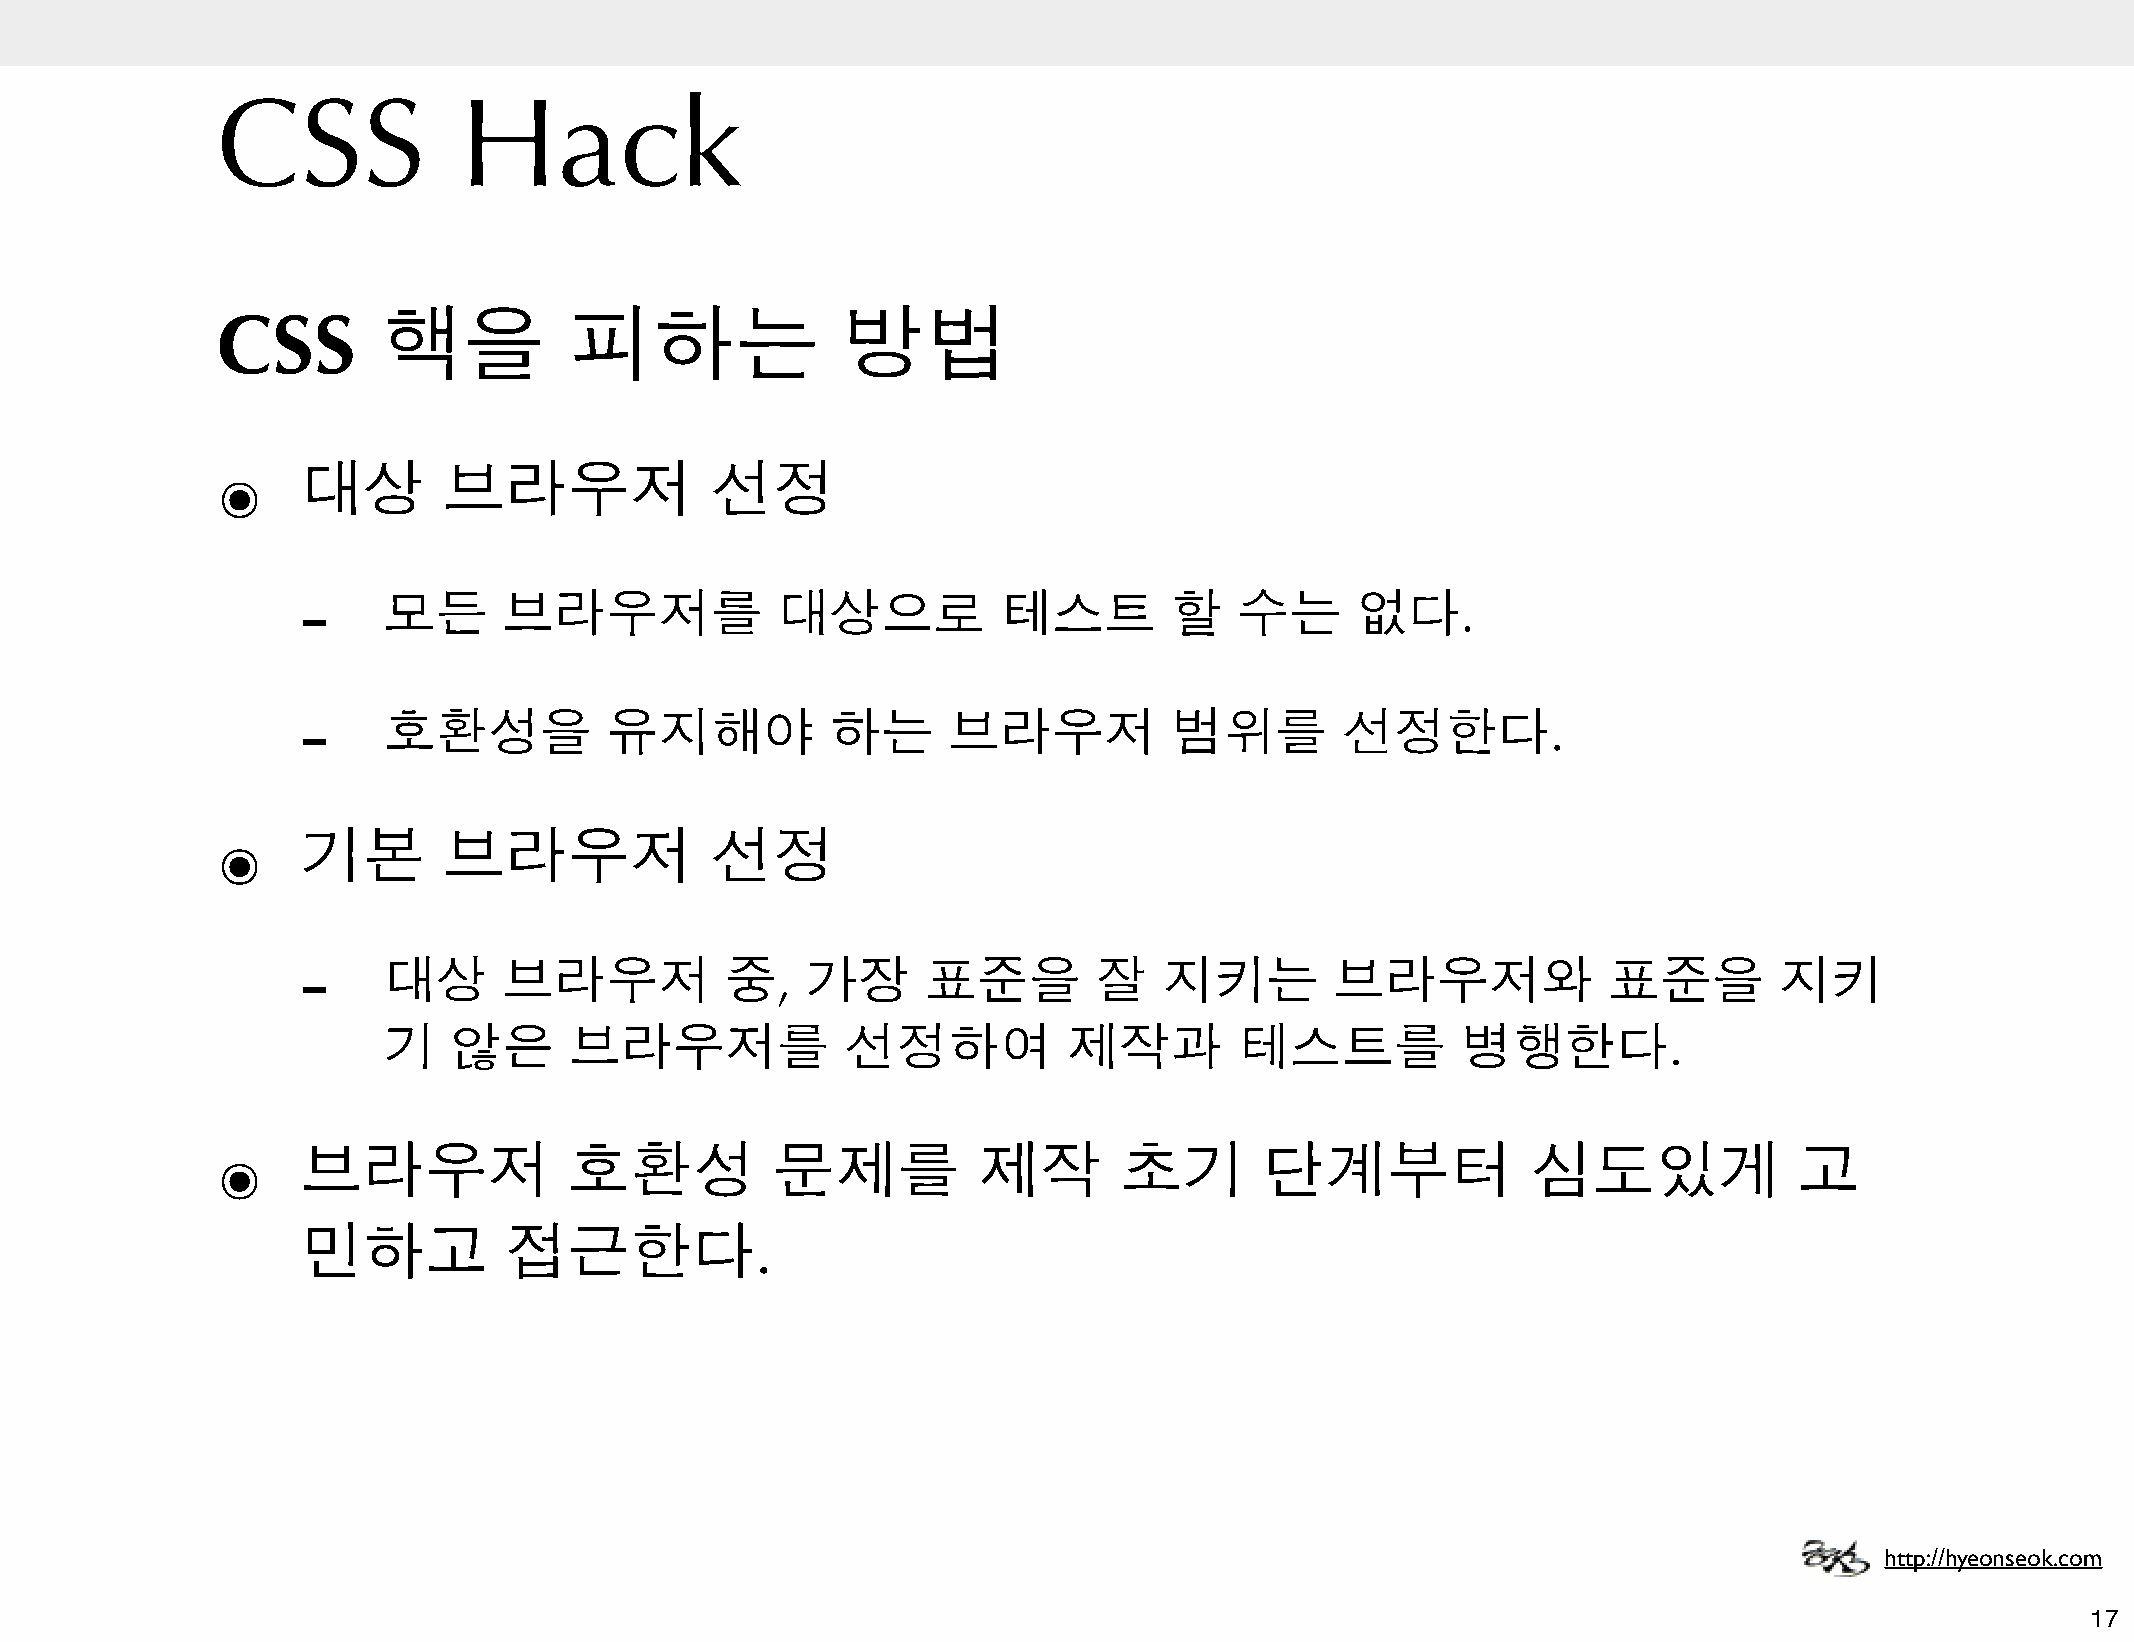
CSS             Hack
 CSS        핵을           피하는               방법
 ๏     대상       브라우저              선정
 -
 모든      브라우저를             대상으로           테스트        할    수는      없다.
 -
 호환성을           유지해야           하는      브라우저          범위를         선정한다.
 ๏     기본       브라우저              선정
 -
 대상      브라우저           중,   가장      표준을         잘   지키는        브라우저와             표준을         지키
 기    않은      브라우저를             선정하여           제작과        테스트를           병행한다.
 ๏     브라우저              호환성          문제를           제작       초기        단계부터             심도있게              고
 민하고          접근한다.
 http://hyeonseok.com
 17